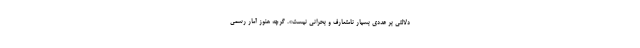
دلالتی بر عددی بسیار نامتعارف و بحرانی نیست». گرچه هنوز آمار رسمی